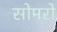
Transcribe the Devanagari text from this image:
सोमरो